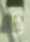
চ